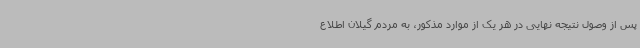
پس از وصول نتیجه نهایی در هر یک از موارد مذکور، به مردم گیلان اطلاع